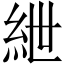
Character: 紲